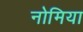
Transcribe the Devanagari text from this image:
नोमिया